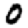
Digit: 0